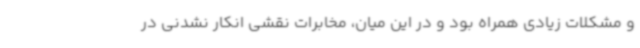
و مشکلات زیادی همراه بود و در این میان، مخابرات نقشی انکار نشدنی در